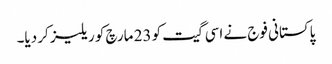
پاکستانی فوج نے اسی گیت کو 23 مارچ کو ریلیز کر دیا۔